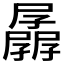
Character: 𰌱